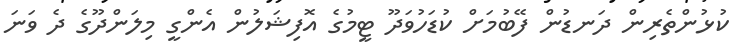
ކުޅުންތެރިން ދަނޑުން ފޭބުމަށް ކުޑަހުވަދޫ ޓީމުގެ އޮފިޝަލުން އެންގީ މިލަންދޫގެ ދެ ވަނަ